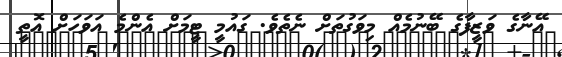
އޭނާގެ ވަޒީފާގެ ބޭނުމެއް މިވަގުތަށް ނެތެވެ. ގައުމީ ޓީމަށް އެންމެ އަވަހަށް އޮތީ